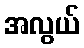
အလွယ်